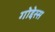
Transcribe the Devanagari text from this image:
गोद्देस्स